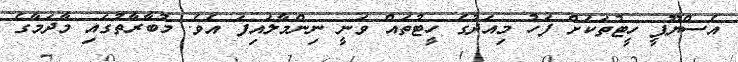
އެސްޔޫޕީ ހީޓުތަކަށް ފަހު މިއަދުގެ ހީޓުތައް ވަނީ ނިންމާލައިފަ އެވެ. މުބާރާތުގައި މާދަމާގެ